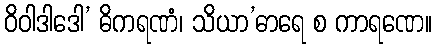
ဝိဝါဒါဒေါ’ ဓိကရဏံ၊ သိယာ’ဓာရေ စ ကာရဏေ။